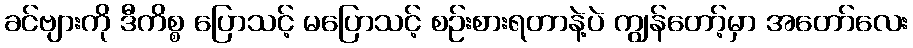
ခင်ဗျားကို ဒီကိစ္စ ပြောသင့် မပြောသင့် စဉ်းစားရတာနဲ့ပဲ ကျွန်တော့်မှာ အတော်လေး